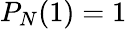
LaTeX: P_{N}(1)=1